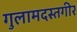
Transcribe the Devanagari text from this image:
गुलामदस्तगीर